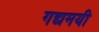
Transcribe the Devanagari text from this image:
गद्यमयी